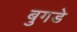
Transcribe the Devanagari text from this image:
बुगडे